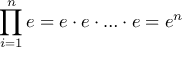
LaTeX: \prod _ { i = 1 } ^ { n } e = e \cdot e \cdot \ldots \cdot e = e ^ { n }